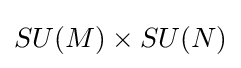
SU(M)\times SU(N)